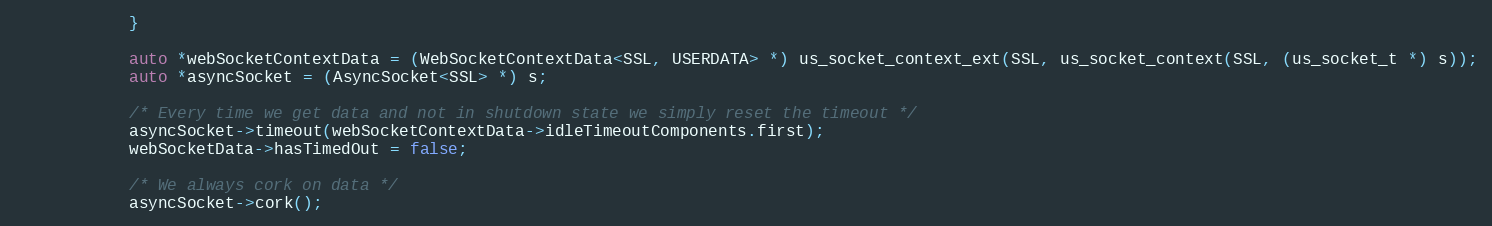
Language: C
            }

            auto *webSocketContextData = (WebSocketContextData<SSL, USERDATA> *) us_socket_context_ext(SSL, us_socket_context(SSL, (us_socket_t *) s));
            auto *asyncSocket = (AsyncSocket<SSL> *) s;

            /* Every time we get data and not in shutdown state we simply reset the timeout */
            asyncSocket->timeout(webSocketContextData->idleTimeoutComponents.first);
            webSocketData->hasTimedOut = false;

            /* We always cork on data */
            asyncSocket->cork();